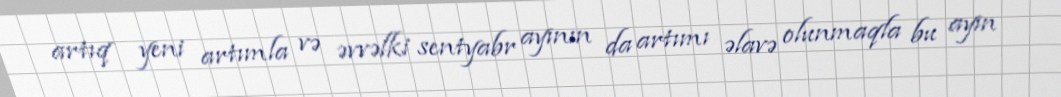
artıq yeni artımla və əvvəlki sentyabr ayının da artımı əlavə olunmaqla bu ayın